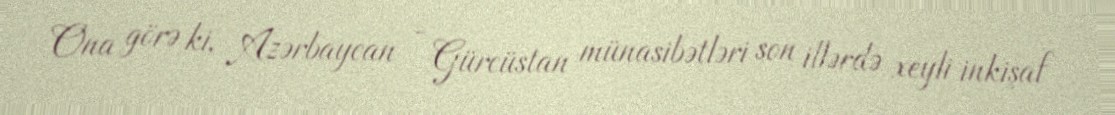
Ona görə ki, Azərbaycan - Gürcüstan münasibətləri son illərdə xeyli inkişaf